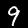
Label: 9